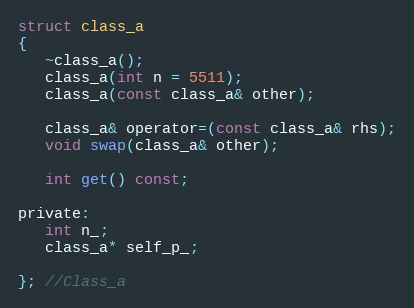
Language: C
struct class_a
{
   ~class_a();
   class_a(int n = 5511);
   class_a(const class_a& other);

   class_a& operator=(const class_a& rhs);
   void swap(class_a& other);

   int get() const;

private:
   int n_;
   class_a* self_p_;

}; //Class_a